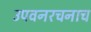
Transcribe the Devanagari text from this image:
उपवनरचनाच